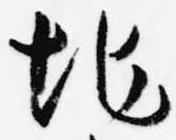
地